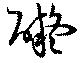
礙